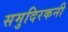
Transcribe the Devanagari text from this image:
समुदिरकनी